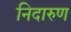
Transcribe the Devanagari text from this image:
निदारुण